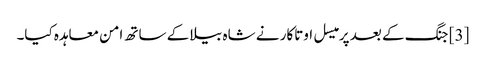
[3] جنگ کے بعد پرمیسل اوتاکار نے شاہ بیلا کے ساتھ امن معاہدہ کیا۔